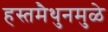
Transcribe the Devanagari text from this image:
हस्तमैथुनमुळे